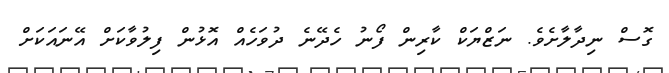
ގޮސް ނިދާލާށެވެ. ނަޒްޔަކް ކާރިން ފޯނު ހެދޭނެ ދުވަހެއް އޮޅުން ފިލުވާކަށް އޭނައަކަށް